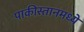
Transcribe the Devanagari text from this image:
पाकीस्तानमध्ये